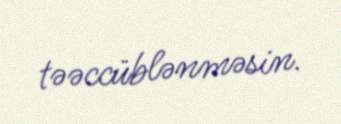
təəccüblənməsin.